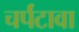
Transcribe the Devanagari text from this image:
चर्पंटावा